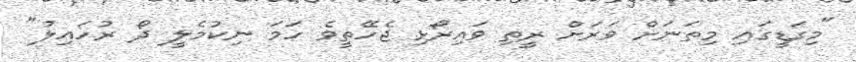
"މިގަޑީގައި މިތަނަށް ވަރަށް ރީތި ވައިރޯޅި ޖެހޭތީވެ ހަމަ ނިކުމެލީ ދޯ ރުހައިލު"